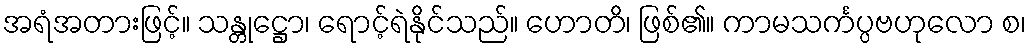
အရံအတားဖြင့်။ သန္တုဋ္ဌော၊ ရောင့်ရဲနိုင်သည်။ ဟောတိ၊ ဖြစ်၏။ ကာမသင်္ကပ္ပဗဟုလော စ၊